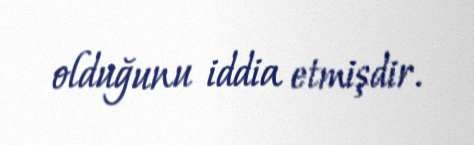
olduğunu iddia etmişdir.